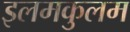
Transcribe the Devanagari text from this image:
इलमकुलम